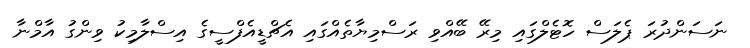
ނަސަންދުރަ ޕެލަސް ހޮޓެލްގައި މިރޭ ބޭއްވި ރަސްމިޔާތެއްގައި އެޗްޑީއެފްސީގެ އިސްލާމިކު ވިންގު އާމްނާ